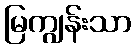
မြကျွန်းသာ